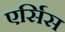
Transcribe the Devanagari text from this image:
एर्सिस